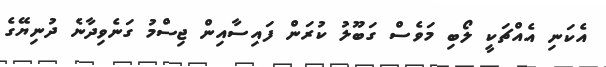
އެކަނި އެއްޗަކީ ލޯބި މަވެސް ގަބޫލު ކުރަން ފައިސާއިން ޖިސްމު ގަނެވިދާނެ ދުނިޔޭގެ